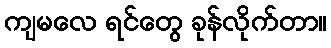
ကျမလေ ရင်တွေ ခုန်လိုက်တာ။